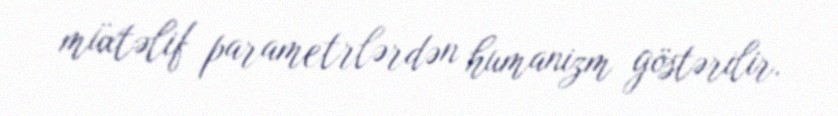
müxtəlif parametrlərdən humanizm göstərilir.